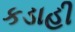
કડાહી